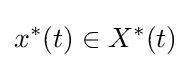
x^{\ast }(t)\in X^{\ast }(t)